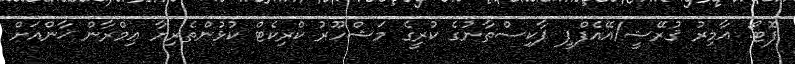
ފޮޓޯ: އާމިރު ޤުރޭޝީ/އޭއެފްޕީ ޕާކިސްތާނުގެ ކުރީގެ މަޝްހޫރު ކްރިކެޓް ކުޅުންތެރިޔާ ޢިމްރާން ޚާންއަށް